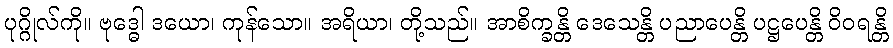
ပုဂ္ဂိုလ်ကို။ ဗုဒ္ဓေါ ဒယော၊ ကုန်သော။ အရိယာ၊ တို့သည်။ အာစိက္ခန္တိ ဒေသေန္တိ ပညာပေန္တိ ပဋ္ဌပေန္တိ ဝိဝရန္တိ